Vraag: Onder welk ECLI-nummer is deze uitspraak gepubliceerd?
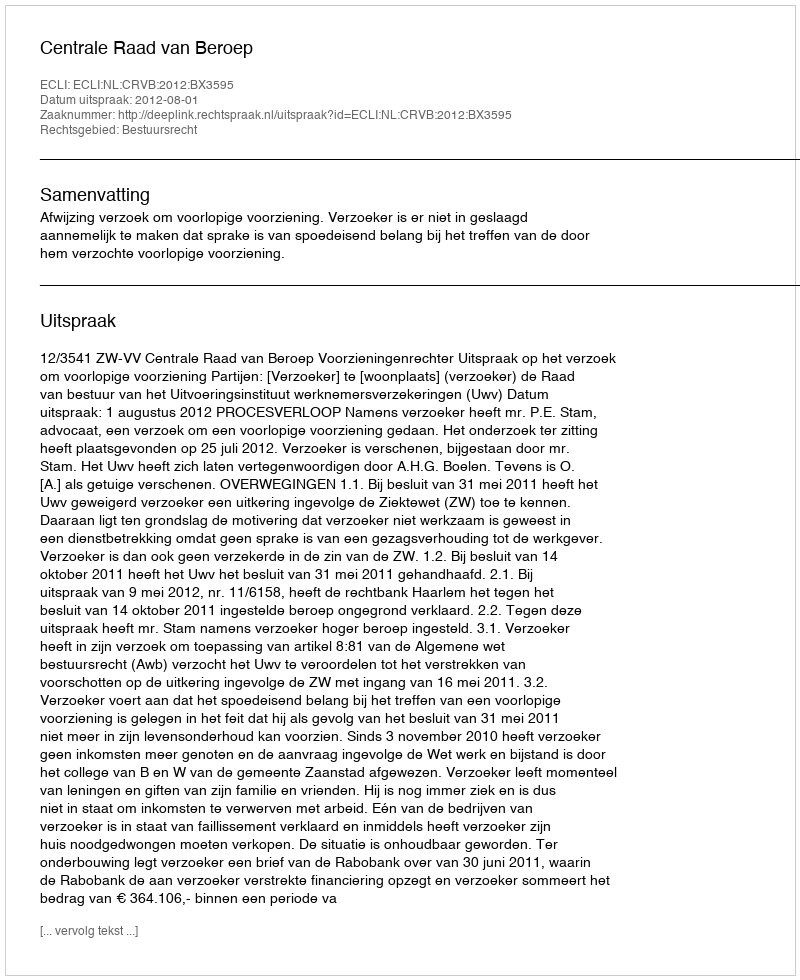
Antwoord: ECLI:NL:CRVB:2012:BX3595